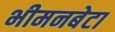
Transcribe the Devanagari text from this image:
भीमनबेटा